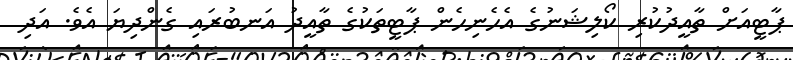
ޕާޓީއަށް ތާއީދުކުރި ކޯލިޝަނުގެ އެހެނިހެން ޕާޓީތަކުގެ ތާއީދު އަނބުރައި ގެންދިޔަ އެވެ. އަދި